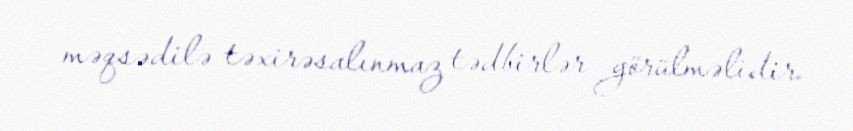
məqsədilə təxirəsalınmaz tədbirlər görülməlidir.